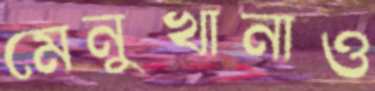
মেনুখানাও